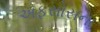
અફસોસના